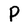
Character: P